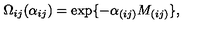
\Omega _ { i j } ( \alpha _ { i j } ) = \exp \{ - \alpha _ { ( i j ) } M _ { ( i j ) } \} ,